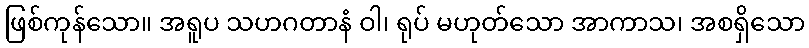
ဖြစ်ကုန်သော။ အရူပ သဟဂတာနံ ဝါ၊ ရုပ် မဟုတ်သော အာကာသ၊ အစရှိသော